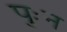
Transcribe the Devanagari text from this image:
पुःन